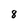
Character: 8